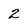
Character: 2